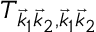
T _ { \vec { k } _ { 1 } \vec { k } _ { 2 } , \vec { k } _ { 1 } \vec { k } _ { 2 } }